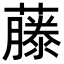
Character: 藤